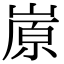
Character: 㟶